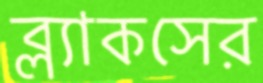
ব্ল্যাকসের